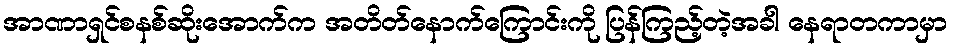
အာဏာရှင်စနစ်ဆိုးအောက်က အတိတ်နောက်ကြောင်းကို ပြန်ကြည့်တဲ့အခါ နေရာတကာမှာ